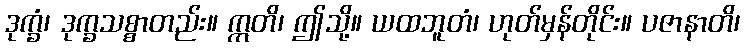
ဒုက္ခံ၊ ဒုက္ခသစ္စာတည်း။ ဣတိ၊ ဤသို့။ ယထဘူတံ၊ ဟုတ်မှန်တိုင်း။ ပဇာနာတိ၊